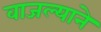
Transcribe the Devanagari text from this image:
वाजल्याने